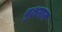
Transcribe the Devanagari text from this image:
वृक्षगान